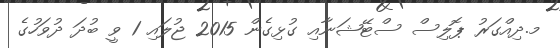
މ.ދިއްގަރު ޕޮލިސް ސްޓޭޝަނާއި ގުޅިގެން 2015 ޖުލައި 1 ވީ ބުދަ ދުވަހުގެ